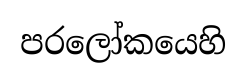
පරලෝකයෙහි